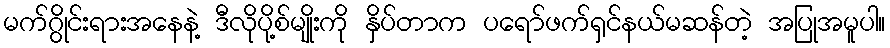
မက်ဂွိုင်းရားအနေနဲ့ ဒီလိုပို့စ်မျိုးကို နှိပ်တာက ပရော်ဖက်ရှင်နယ်မဆန်တဲ့ အပြုအမူပါ။